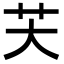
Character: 芖